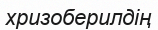
хризоберилдің